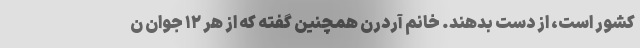
کشور است، از دست بدهند. خانم آردرن همچنین گفته که از هر ۱۲ جوان ن